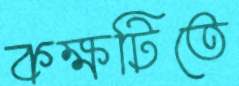
কক্ষটিতে